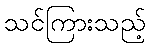
သင်ကြားသည့်